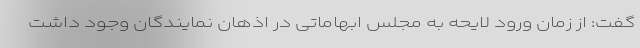
گفت: از زمان ورود لایحه به مجلس ابهاماتی در اذهان نمایندگان وجود داشت